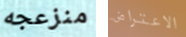
منزعجه الاعتراض